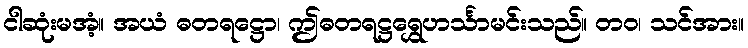
ငါဆုံးမအံ့။ အယံ ဓတရဋ္ဌော၊ ဤဓတရဋ္ဌရွှေဟင်္သာမင်းသည်။ တဝ၊ သင်အား။